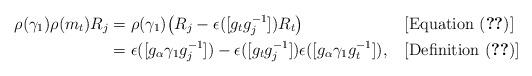
LaTeX: \begin{align*}\rho(\gamma_1)\rho(m_t)R_j &= \rho(\gamma_1)\big(R_j - \epsilon([g_t g_j^{-1}])R_t\big) && [\textrm{Equation }(\ref{generatoraction})]\\&= \epsilon([g_\alpha \gamma_1 g_j^{-1}]) - \epsilon([g_t g_j^{-1}])\epsilon([g_\alpha \gamma_1 g_t^{-1}]), && [ \textrm{Definition } (\ref{LiftRep})]\end{align*}